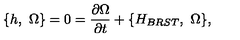
\{ h , \ \Omega \} = 0 = { \frac { \partial { \Omega } } { \partial t } } + \{ H _ { B R S T } , \ \Omega \} ,